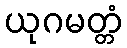
ယုဂမတ္တံ